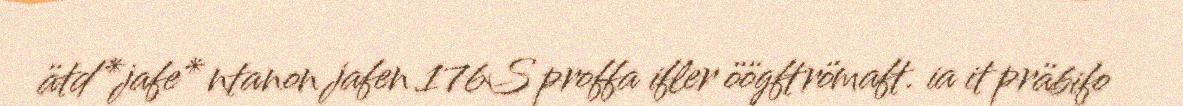
ätd*jafe* ntanon jafen 176S proffa ifler öögftrömaft. ia it präbifo